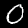
Digit: 0